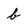
Character: b